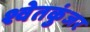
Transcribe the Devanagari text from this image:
श्वेतकुंजर